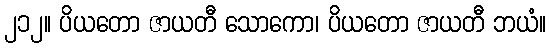
၂၁၂။ ပိယတော ဇာယတီ သောကော၊ ပိယတော ဇာယတီ ဘယံ။